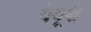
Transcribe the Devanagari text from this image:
येथूनी